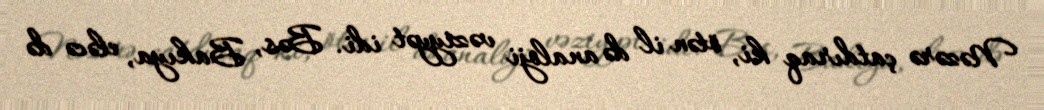
Nəzərə çatdıraq ki, ötən il də analoji vəziyyət idi. Bəs, Bakıya, eləcə də